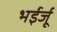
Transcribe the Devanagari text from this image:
भईर्जू